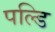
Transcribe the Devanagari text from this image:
पल्डि